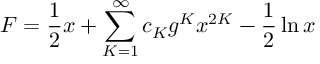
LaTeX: F = \frac { 1 } { 2 } x + \sum _ { K = 1 } ^ { \infty } c _ { K } g ^ { K } x ^ { 2 K } - \frac { 1 } { 2 } \ln x